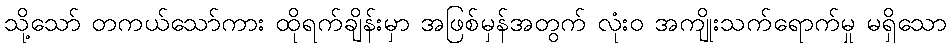
သို့သော် တကယ်သော်ကား ထိုရက်ချိန်းမှာ အဖြစ်မှန်အတွက် လုံးဝ အကျိုးသက်ရောက်မှု မရှိသော